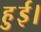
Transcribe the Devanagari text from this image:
हुुुुई।